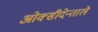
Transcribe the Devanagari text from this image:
ओक्सीदेन्ताले